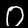
Label: 0